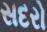
સદરો